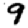
Digit: 9